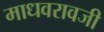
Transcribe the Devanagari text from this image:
माधवरावजी